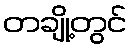
တချို့တွင်